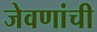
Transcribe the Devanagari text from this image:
जेवणांची